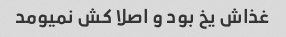
غذاش یخ بود و اصلا کش نمیومد